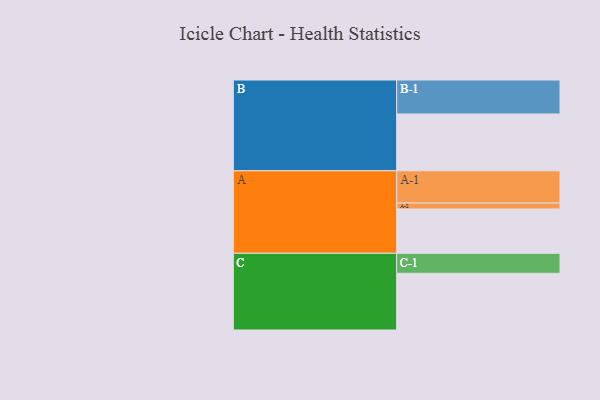
{"axis": {"x": "Segment", "y": "Value"}, "legend": ["", "A", "B", "C"], "data": [{"x": "A", "y": 390, "type": ""}, {"x": "B", "y": 500, "type": ""}, {"x": "C", "y": 499, "type": ""}, {"x": "A-1", "y": 284, "type": "A"}, {"x": "A-2", "y": 52, "type": "A"}, {"x": "B-1", "y": 299, "type": "B"}, {"x": "C-1", "y": 176, "type": "C"}]}